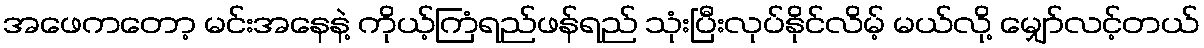
အဖေကတော့ မင်းအနေနဲ့ ကိုယ့်ကြံရည်ဖန်ရည် သုံးပြီးလုပ်နိုင်လိမ့် မယ်လို့ မျှော်လင့်တယ်